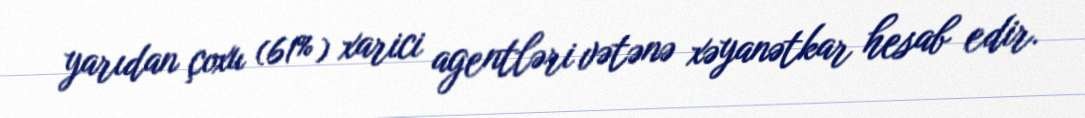
yarıdan çoxu (61%) xarici agentləri vətənə xəyanətkar hesab edir.